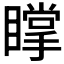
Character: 𥋇